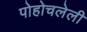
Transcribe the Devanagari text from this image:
पोहोचलेली